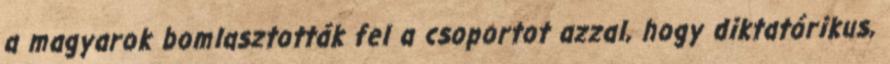
a magyarok bomlasztották fel a csoportot azzal, hogy diktatórikus,